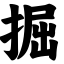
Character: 掘